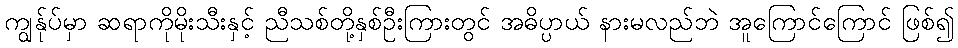
ကျွန်ုပ်မှာ ဆရာကိုမိုးသီးနှင့် ညီသစ်တို့နှစ်ဦးကြားတွင် အဓိပ္ပာယ် နားမလည်ဘဲ အူကြောင်ကြောင် ဖြစ်၍